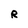
Character: R